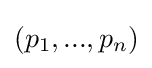
(p_{1},...,p_{n})